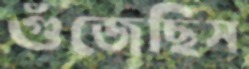
গুঁজেছিস